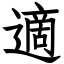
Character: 適